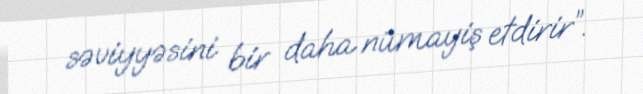
səviyyəsini bir daha nümayiş etdirir”.